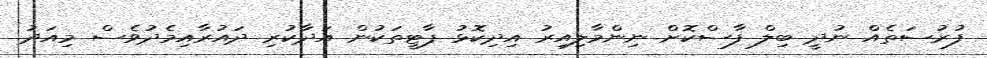
ފުރުސަތެއް ނުދީ ބިލް ފާސްކޮށް ނިންމާލިއިރު އިދިކޮޅު ޕާޓީތަކުން އަދާކުރި ދައުރާއިމެދުވެސް މިއަދު